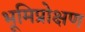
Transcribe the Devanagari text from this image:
भूमिप्रोक्षण